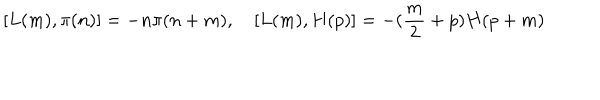
LaTeX: [ L ( m ) , \pi ( n ) ] = - n \pi ( n + m ) , \quad [ L ( m ) , H ( p ) ] = - ( \frac { m } { 2 } + p ) H ( p + m )